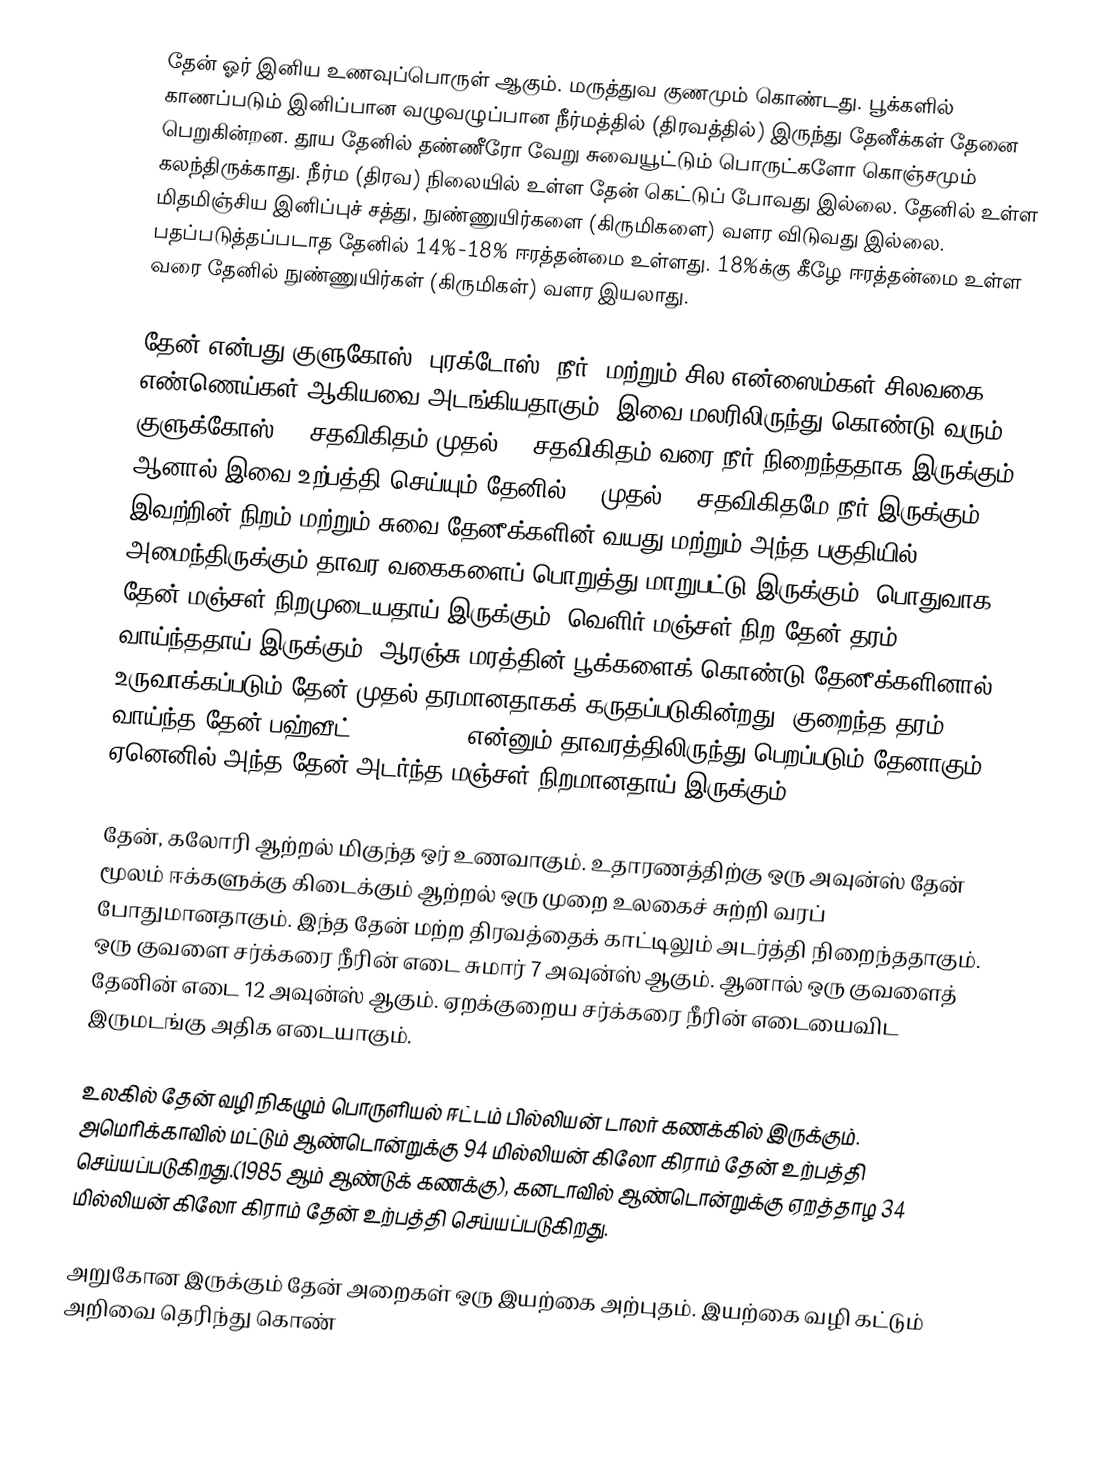
தேன் ஓர் இனிய உணவுப்பொருள் ஆகும். மருத்துவ குணமும் கொண்டது. பூக்களில் காணப்படும் இனிப்பான வழுவழுப்பான நீர்மத்தில் (திரவத்தில்) இருந்து தேனீக்கள் தேனை பெறுகின்றன. தூய தேனில் தண்ணீரோ வேறு சுவையூட்டும் பொருட்களோ கொஞ்சமும் கலந்திருக்காது. நீர்ம (திரவ) நிலையில் உள்ள தேன் கெட்டுப் போவது இல்லை. தேனில் உள்ள மிதமிஞ்சிய இனிப்புச் சத்து, நுண்ணுயிர்களை (கிருமிகளை) வளர விடுவது இல்லை. பதப்படுத்தப்படாத தேனில் 14%-18% ஈரத்தன்மை உள்ளது. 18%க்கு கீழே ஈரத்தன்மை உள்ள வரை தேனில் நுண்ணுயிர்கள் (கிருமிகள்) வளர இயலாது.

தேன் என்பது குளுகோஸ், புரக்டோஸ், நீர், மற்றும் சில என்ஸைம்கள் சிலவகை எண்ணெய்கள் ஆகியவை அடங்கியதாகும். இவை மலரிலிருந்து கொண்டு வரும் குளுக்கோஸ் 40 சதவிகிதம் முதல் 80 சதவிகிதம் வரை நீர் நிறைந்ததாக இருக்கும். ஆனால் இவை உற்பத்தி செய்யும் தேனில் 16 முதல் 18 சதவிகிதமே நீர் இருக்கும். இவற்றின் நிறம் மற்றும் சுவை தேனீக்களின் வயது மற்றும் அந்த பகுதியில் அமைந்திருக்கும் தாவர வகைகளைப் பொறுத்து மாறுபட்டு இருக்கும். பொதுவாக தேன் மஞ்சள் நிறமுடையதாய் இருக்கும். வெளிர் மஞ்சள் நிற தேன் தரம் வாய்ந்ததாய் இருக்கும். ஆரஞ்சு மரத்தின் பூக்களைக் கொண்டு தேனீக்களினால் உருவாக்கப்படும் தேன் முதல் தரமானதாகக் கருதப்படுகின்றது. குறைந்த தரம் வாய்ந்த தேன் பஹ்வீட் (Buckwheat) என்னும் தாவரத்திலிருந்து பெறப்படும் தேனாகும். ஏனெனில் அந்த தேன் அடர்ந்த மஞ்சள் நிறமானதாய் இருக்கும்.

தேன், கலோரி ஆற்றல் மிகுந்த ஒர் உணவாகும். உதாரணத்திற்கு ஒரு அவுன்ஸ் தேன் மூலம் ஈக்களுக்கு கிடைக்கும் ஆற்றல் ஒரு முறை உலகைச் சுற்றி வரப் போதுமானதாகும். இந்த தேன் மற்ற திரவத்தைக் காட்டிலும் அடர்த்தி நிறைந்ததாகும். ஒரு குவளை சர்க்கரை நீரின் எடை சுமார் 7 அவுன்ஸ் ஆகும். ஆனால் ஒரு குவளைத் தேனின் எடை 12 அவுன்ஸ் ஆகும். ஏறக்குறைய சர்க்கரை நீரின் எடையைவிட இருமடங்கு அதிக எடையாகும்.

உலகில் தேன் வழி நிகழும் பொருளியல் ஈட்டம் பில்லியன் டாலர் கணக்கில் இருக்கும். அமெரிக்காவில் மட்டும் ஆண்டொன்றுக்கு 94 மில்லியன் கிலோ கிராம் தேன் உற்பத்தி செய்யப்படுகிறது.(1985 ஆம் ஆண்டுக் கணக்கு), கனடாவில் ஆண்டொன்றுக்கு ஏறத்தாழ 34 மில்லியன் கிலோ கிராம் தேன் உற்பத்தி செய்யப்படுகிறது.

அறுகோன இருக்கும் தேன் அறைகள் ஒரு இயற்கை அற்புதம். இயற்கை வழி கட்டும் அறிவை தெரிந்து கொண்